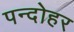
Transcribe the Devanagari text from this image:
पन्दोहर